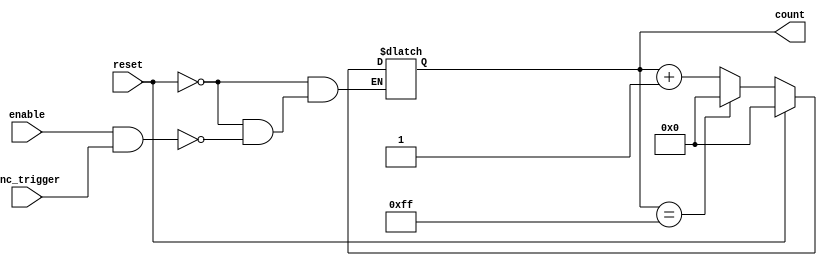
module dynamic_asynchronous_counter #(parameter N = 8) (
    input wire enable,          // Asynchronous enable input
    input wire reset,          // Asynchronous reset input
    input wire inc_trigger,     // External signal to trigger increment
    output reg [N-1:0] count    // Current count value
);

    // Asynchronous reset and enable logic
    always @(*) begin
        if (reset) begin
            count = 0;           // Reset count to 0
        end else if (enable && inc_trigger) begin
            if (count == (1 << N) - 1) begin
                count = 0;       // Wrap around if max count is reached
            end else begin
                count = count + 1; // Increment count
            end
        end
    end

endmodule